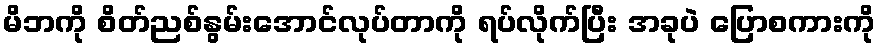
မိဘကို စိတ်ညစ်နွမ်းအောင်လုပ်တာကို ရပ်လိုက်ပြီး အခုပဲ ပြောစကားကို